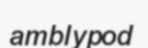
amblypod